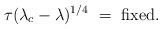
LaTeX: \begin{align*}\tau(\lambda_c - \lambda)^{1/4} \ =\ {\rm fixed}. \end{align*}